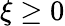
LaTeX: \xi\ge 0